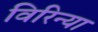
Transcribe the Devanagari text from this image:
विरिन्या